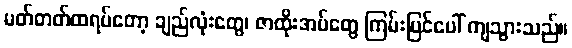
မတ်တတ်ထရပ်တော့ ချည်လုံးတွေ၊ ဇာထိုးအပ်တွေ ကြမ်းပြင်ပေါ် ကျသွားသည်။